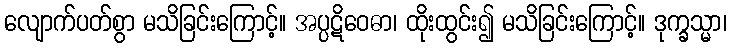
လျောက်ပတ်စွာ မသိခြင်းကြောင့်။ အပ္ပဋိဝေဓာ၊ ထိုးထွင်း၍ မသိခြင်းကြောင့်။ ဒုက္ခသ္မာ၊